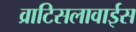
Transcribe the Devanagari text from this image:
व्राटिसलावाईस